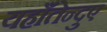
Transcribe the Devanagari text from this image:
यहाँतेन्दुए